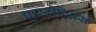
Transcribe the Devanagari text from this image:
पास्टोरिअस